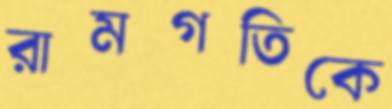
রামগতিকে